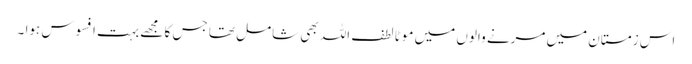
اس زمستان میں مرنے والوں میں موٹا لطف اللہ بھی شامل تھا جس کا مجھے بہت افسوس ہوا ۔